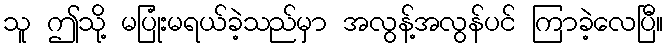
သူ ဤသို့ မပြုံးမရယ်ခဲ့သည်မှာ အလွန့်အလွန်ပင် ကြာခဲ့လေပြီ။